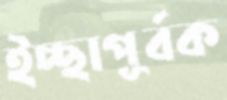
ইচ্ছাপূর্বক